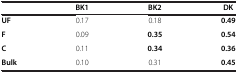
<table><thead><tr><td><b> </b></td><td><b>BK1</b></td><td><b>BK2</b></td><td><b>DK</b></td></tr></thead><tbody><tr><td><b>UF</b></td><td>0.17</td><td>0.18</td><td><b>0.49</b></td></tr><tr><td><b>F</b></td><td>0.09</td><td><b>0.35</b></td><td><b>0.54</b></td></tr><tr><td><b>C</b></td><td>0.11</td><td><b>0.34</b></td><td><b>0.36</b></td></tr><tr><td><b>Bulk</b></td><td>0.10</td><td>0.31</td><td><b>0.45</b></td></tr></tbody></table>